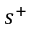
s ^ { + }